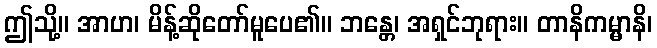
ဤသို့။ အာဟ၊ မိန့်ဆိုတော်မူပေ၏။ ဘန္တေ၊ အရှင်ဘုရား။ တာနိကမ္မာနိ၊